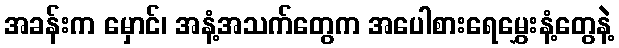
အခန်းက မှောင်၊ အနံ့အသက်တွေက အပေါစားရေမွှေးနံ့တွေနဲ့